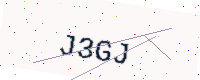
Text: J3GJ